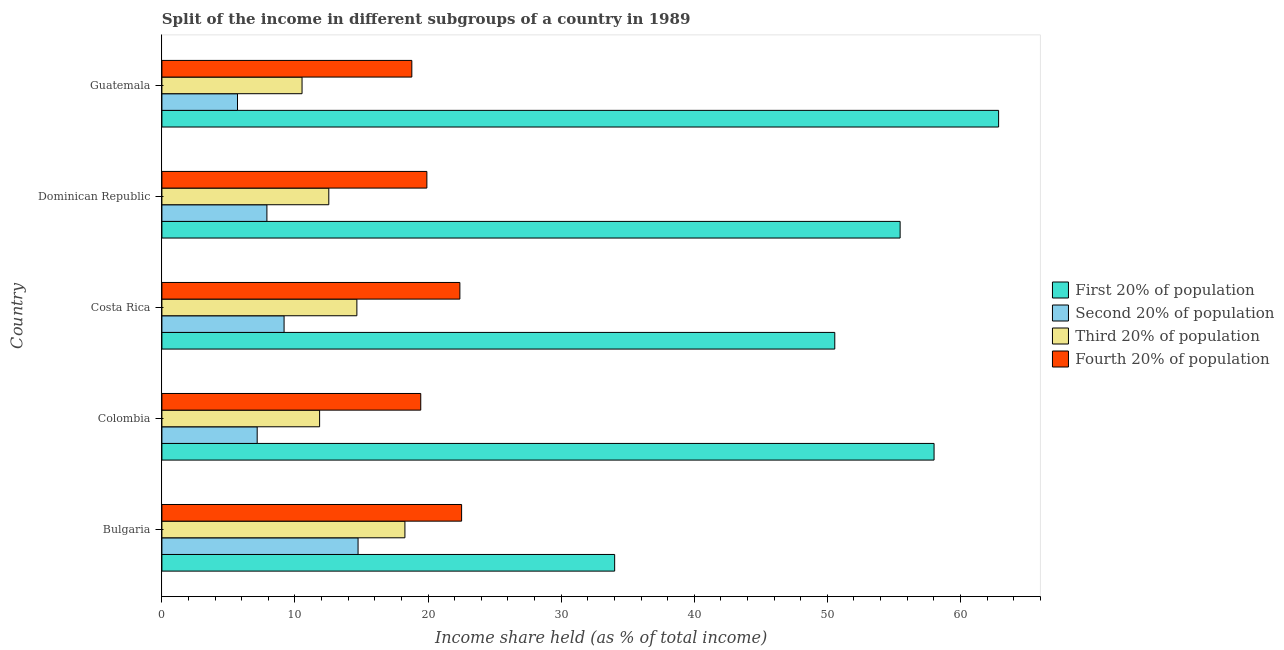
| Country | First 20% of population | Second 20% of population | Third 20% of population | Fourth 20% of population |
 | --- | --- | --- | --- | --- |
 | Bulgaria | 34 | 14.7 | 18.3 | 22.5 |
 | Colombia | 58 | 7.16 | 11.8 | 19.4 |
 | Costa Rica | 50.6 | 9.18 | 14.7 | 22.4 |
 | Dominican Republic | 55.5 | 7.89 | 12.5 | 19.9 |
 | Guatemala | 62.9 | 5.68 | 10.5 | 18.8 |